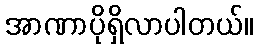
အာဏာပိုရှိလာပါတယ်။